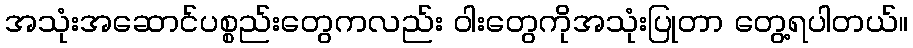
အသုံးအဆောင်ပစ္စည်းတွေကလည်း ဝါးတွေကိုအသုံးပြုတာ တွေ့ရပါတယ်။